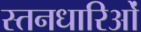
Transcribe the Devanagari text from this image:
स्तनधारिओं